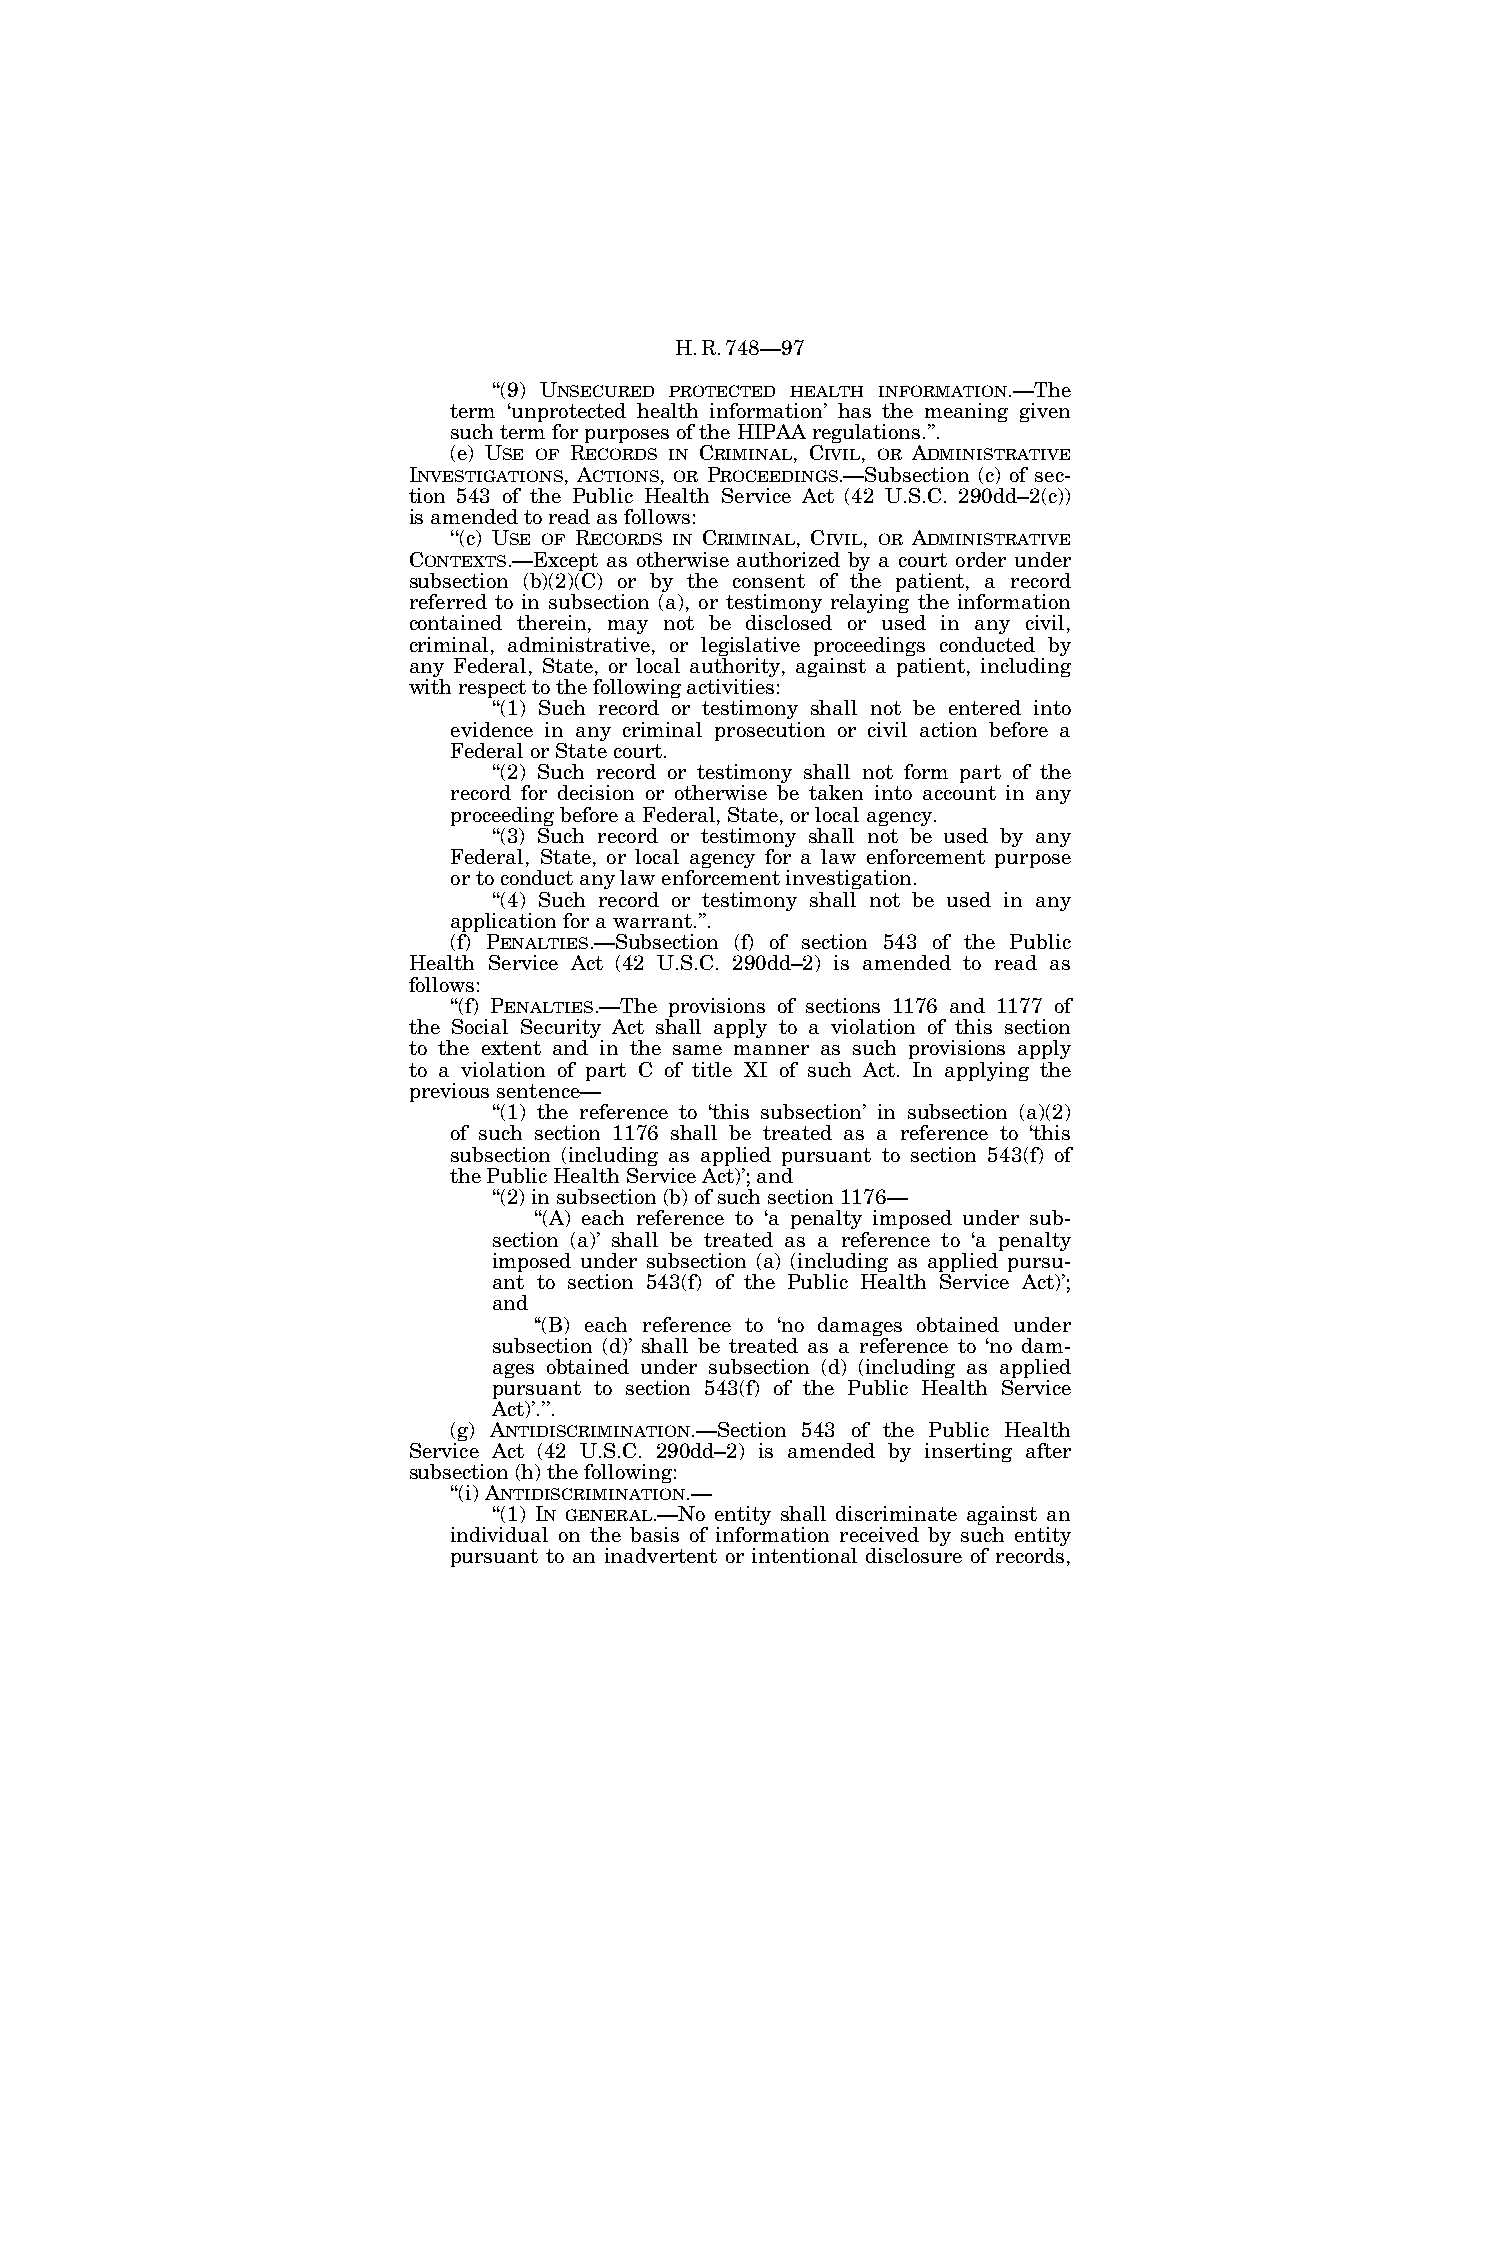
H.R.748—97
 ‘‘(9) UNSECURED PROTECTED HEALTH INFORMATION.—The
 term ‘unprotected health information’ has the meaning given
 such term for purposes of the HIPAA regulations.’’.
 (e) USE OF RECORDS IN CRIMINAL, CIVIL, OR ADMINISTRATIVE
 INVESTIGATIONS, ACTIONS, OR PROCEEDINGS.—Subsection (c) of sec-
 tion 543 of the Public Health Service Act (42 U.S.C. 290dd–2(c))
 is amended to read as follows:
 ‘‘(c) USE OF RECORDS IN CRIMINAL, CIVIL, OR ADMINISTRATIVE
 CONTEXTS.—Except as otherwise authorized by a court order under
 subsection (b)(2)(C) or by the consent of the patient, a record
 referred to in subsection (a), or testimony relaying the information
 contained therein, may not be disclosed or used in any civil,
 criminal, administrative, or legislative proceedings conducted by
 any Federal, State, or local authority, against a patient, including
 with respect to the following activities:
 ‘‘(1) Such record or testimony shall not be entered into
 evidence in any criminal prosecution or civil action before a
 Federal or State court.
 ‘‘(2) Such record or testimony shall not form part of the
 record for decision or otherwise be taken into account in any
 proceeding before a Federal, State, or local agency.
 ‘‘(3) Such record or testimony shall not be used by any
 Federal, State, or local agency for a law enforcement purpose
 or to conduct any law enforcement investigation.
 ‘‘(4) Such record or testimony shall not be used in any
 application for a warrant.’’.
 (f) PENALTIES.—Subsection (f) of section 543 of the Public
 Health Service Act (42 U.S.C. 290dd–2) is amended to read as
 follows:
 ‘‘(f) PENALTIES.—The provisions of sections 1176 and 1177 of
 the Social Security Act shall apply to a violation of this section
 to the extent and in the same manner as such provisions apply
 to a violation of part C of title XI of such Act. In applying the
 previous sentence—
 ‘‘(1) the reference to ‘this subsection’ in subsection (a)(2)
 of such section 1176 shall be treated as a reference to ‘this
 subsection (including as applied pursuant to section 543(f) of
 the Public Health Service Act)’; and
 ‘‘(2) in subsection (b) of such section 1176—
 ‘‘(A) each reference to ‘a penalty imposed under sub-
 section (a)’ shall be treated as a reference to ‘a penalty
 imposed under subsection (a) (including as applied pursu-
 ant to section 543(f) of the Public Health Service Act)’;
 and
 ‘‘(B) each reference to ‘no damages obtained under
 subsection (d)’ shall be treated as a reference to ‘no dam-
 ages obtained under subsection (d) (including as applied
 pursuant to section 543(f) of the Public Health Service
 Act)’.’’.
 (g) ANTIDISCRIMINATION.—Section 543 of the Public Health
 Service Act (42 U.S.C. 290dd–2) is amended by inserting after
 subsection (h) the following:
 ‘‘(i) ANTIDISCRIMINATION.—
 ‘‘(1) IN GENERAL.—No entity shall discriminate against an
 individual on the basis of information received by such entity
 pursuant to an inadvertent or intentional disclosure of records,